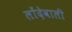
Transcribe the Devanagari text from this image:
लोंदेवाली